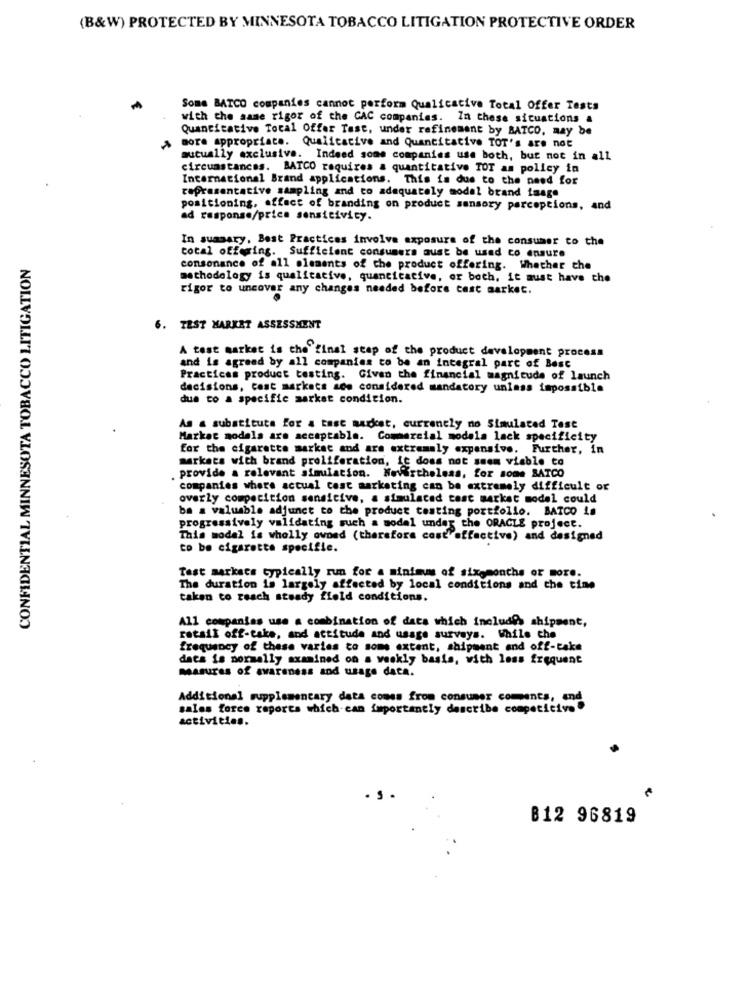
(B&W) PROTECTED BY MINNESOTA TOBACCO LITIGATION PROTECTIVE ORDER
Some BATCO companies cannot perform Qualicative Total Offer Tests
with the same rigor of the CAC companies. In these situations a
Quantitative Total Offer Test, under refinement by BATCO, may be
more appropriate. Qualitative and Quantitative TOT's are not
mutually exclusive. Indeed some companies use both, but not in all
circumstances. BATCO requires a quantitative TOT am policy in
Internacional Brand applications. This is due to the need for
representative sampling and co adequately model brand image
positioning, effect of branding on product sensory perceptions, and
ad response/price sensitivity.
In summary, Best Practices involve exposure of the consumer to the
CONFIDENTIAL MINNESOTA TOBACCO LITIGATION
cotal offering. Sufficient consumers aust be used to ensure
consonance of all elements of the product offering. Whether the
methodology is qualitative, quanticative, or both, it must have the
rigor to uncover any changes needed before cast market.
6. TEST MARKET ASSESSMENT
A test market is the final step of the product development process
and is agreed by all companies to be an integral part of Best
Practicas product testing. Given the financial magnitude of launch
decisions, cost markets ade considered mandatory unless impossible
due to a specific market condition.
As a substitute for a tast market, currently no Simulated Test
Market models are acceptable. Commercial modela lack specificity
for the cigarette market and are extremely expensive. Further, in
markets with brand proliferation, it does not seem viable to
provide a relevant simulation. Nevertheless, for some SATCO
companies where actual cost marketing can be extremely difficult or
overly competition sensicive, a simulaced cast market model could
ba a valuable adjunct to the product testing portfolio. BARCO is
progressively validating such a modal under the ORACLE project.
This model is wholly owned (therefore cost"effective) and designed
to be cigarette specific.
Tast markacs typically run for a sinimms of sixmonths or more.
The duration is largely affected by local conditions and the tine
taken to reach steady field conditions.
All companies use a combination of data which includes shipment,
retail off-take, and attitude and usage surveys. While che
frequency of these varies to some extent, shipment and off-take
data is normally examined on a weekly basis, with less frequent
measures of awareness and usage data.
Additional supplementary data comes from consumer comments, and
sales force reports which-can importantly describe competicive"
activities.
B12 96819